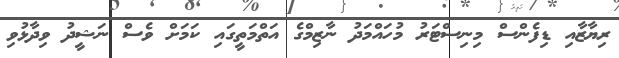
ރިޔާޒާއި ޑިފެންސް މިނިސްޓަރު މުހައްމަދު ނާޒިމްގެ އަތްމަތީގައި ކަމަށް ވެސް ނަޝީދު ވިދާޅުވި